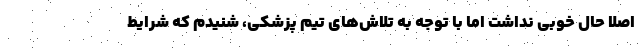
اصلا حال خوبی نداشت اما با توجه به تلاش‌های تیم پزشکی، شنیدم که شرایط